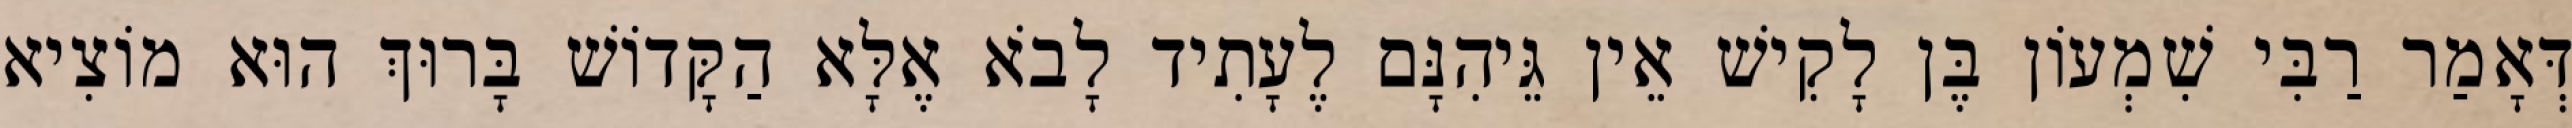
דְּאָמַר רַבִּי שִׁמְעוֹן בֶּן לָקִישׁ אֵין גֵּיהִנָּם לֶעָתִיד לָבֹא אֶלָּא הַקָּדוֹשׁ בָּרוּךְ הוּא מוֹצִיא